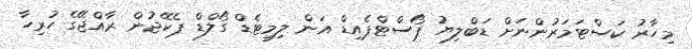
މިހާރު ކަސްޓަމަރުންނަށް ޑަބްލިޔު ޕޯސްޓްޕެއިޑް އަން ލިމިޓެޑް ގޯލްޑް ޕެކޭޖުން ރާއްޖޭގެ ހުރިހާ